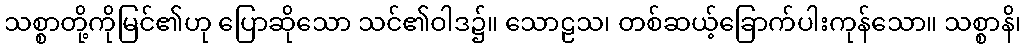
သစ္စာတို့ကိုမြင်၏ဟု ပြောဆိုသော သင်၏ဝါဒ၌။ သောဠသ၊ တစ်ဆယ့်ခြောက်ပါးကုန်သော။ သစ္စာနိ၊